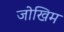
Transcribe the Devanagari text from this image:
जोखिम